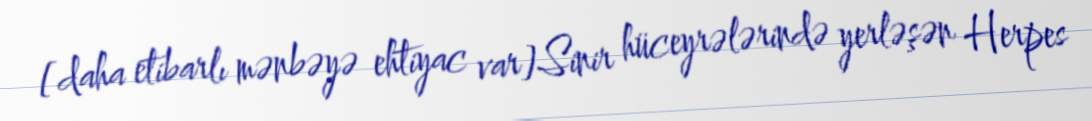
[daha etibarlı mənbəyə ehtiyac var]Sinir hüceyrələrində yerləşən Herpes